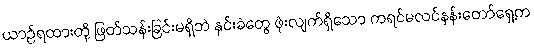
ယာဉ်ရထားတို့ ဖြတ်သန်းခြင်းမရှိဘဲ နှင်းခဲတွေ ဖုံးလျက်ရှိသော ကရင်မလင်နန်းတော်ရှေ့က